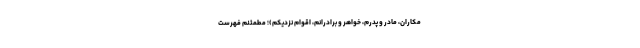
مکاران، مادر و پدرم، خواهر و برادرانم، اقوام نزدیکم)؛ مطمئنم فهرست